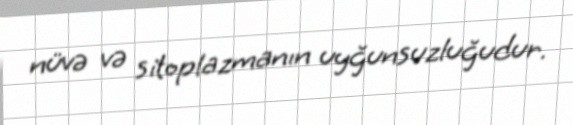
nüvə və sitoplazmanın uyğunsuzluğudur.